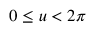
0 \leq u < 2 \pi